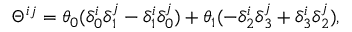
\Theta ^ { i j } = \theta _ { 0 } ( \delta _ { 0 } ^ { i } \delta _ { 1 } ^ { j } - \delta _ { 1 } ^ { i } \delta _ { 0 } ^ { j } ) + \theta _ { 1 } ( - \delta _ { 2 } ^ { i } \delta _ { 3 } ^ { j } + \delta _ { 3 } ^ { i } \delta _ { 2 } ^ { j } ) ,